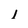
Character: l